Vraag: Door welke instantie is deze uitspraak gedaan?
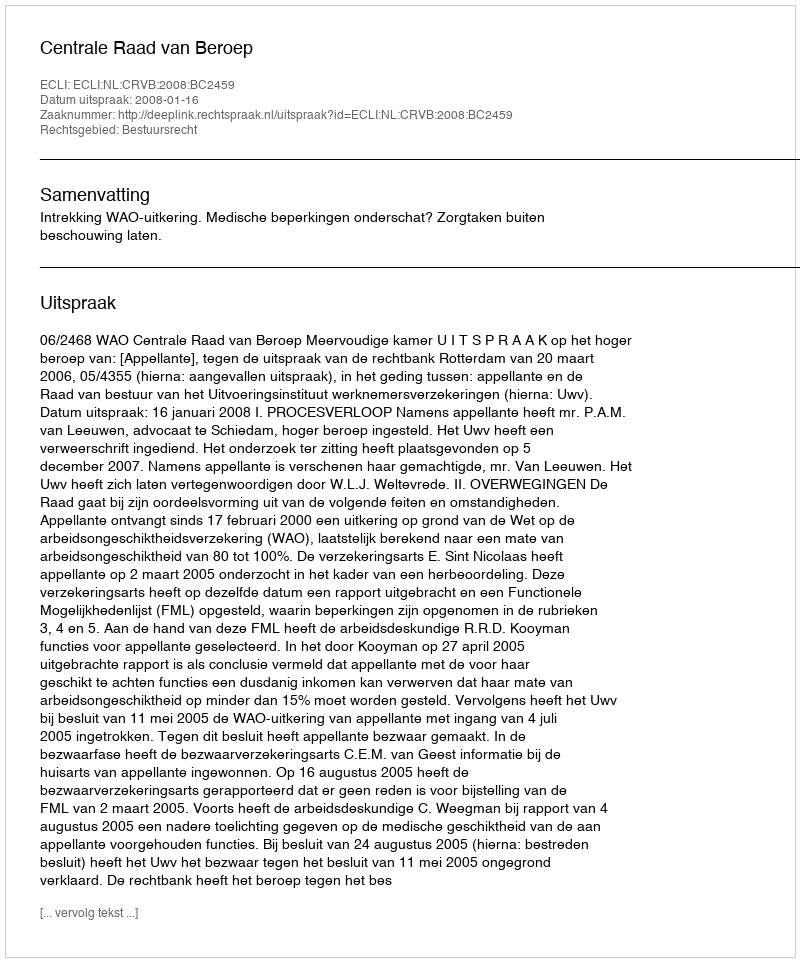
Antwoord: Centrale Raad van Beroep